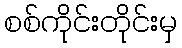
စစ်ကိုင်းတိုင်းမှ